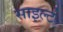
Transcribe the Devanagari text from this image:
साइल्ट॑